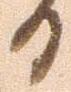
る